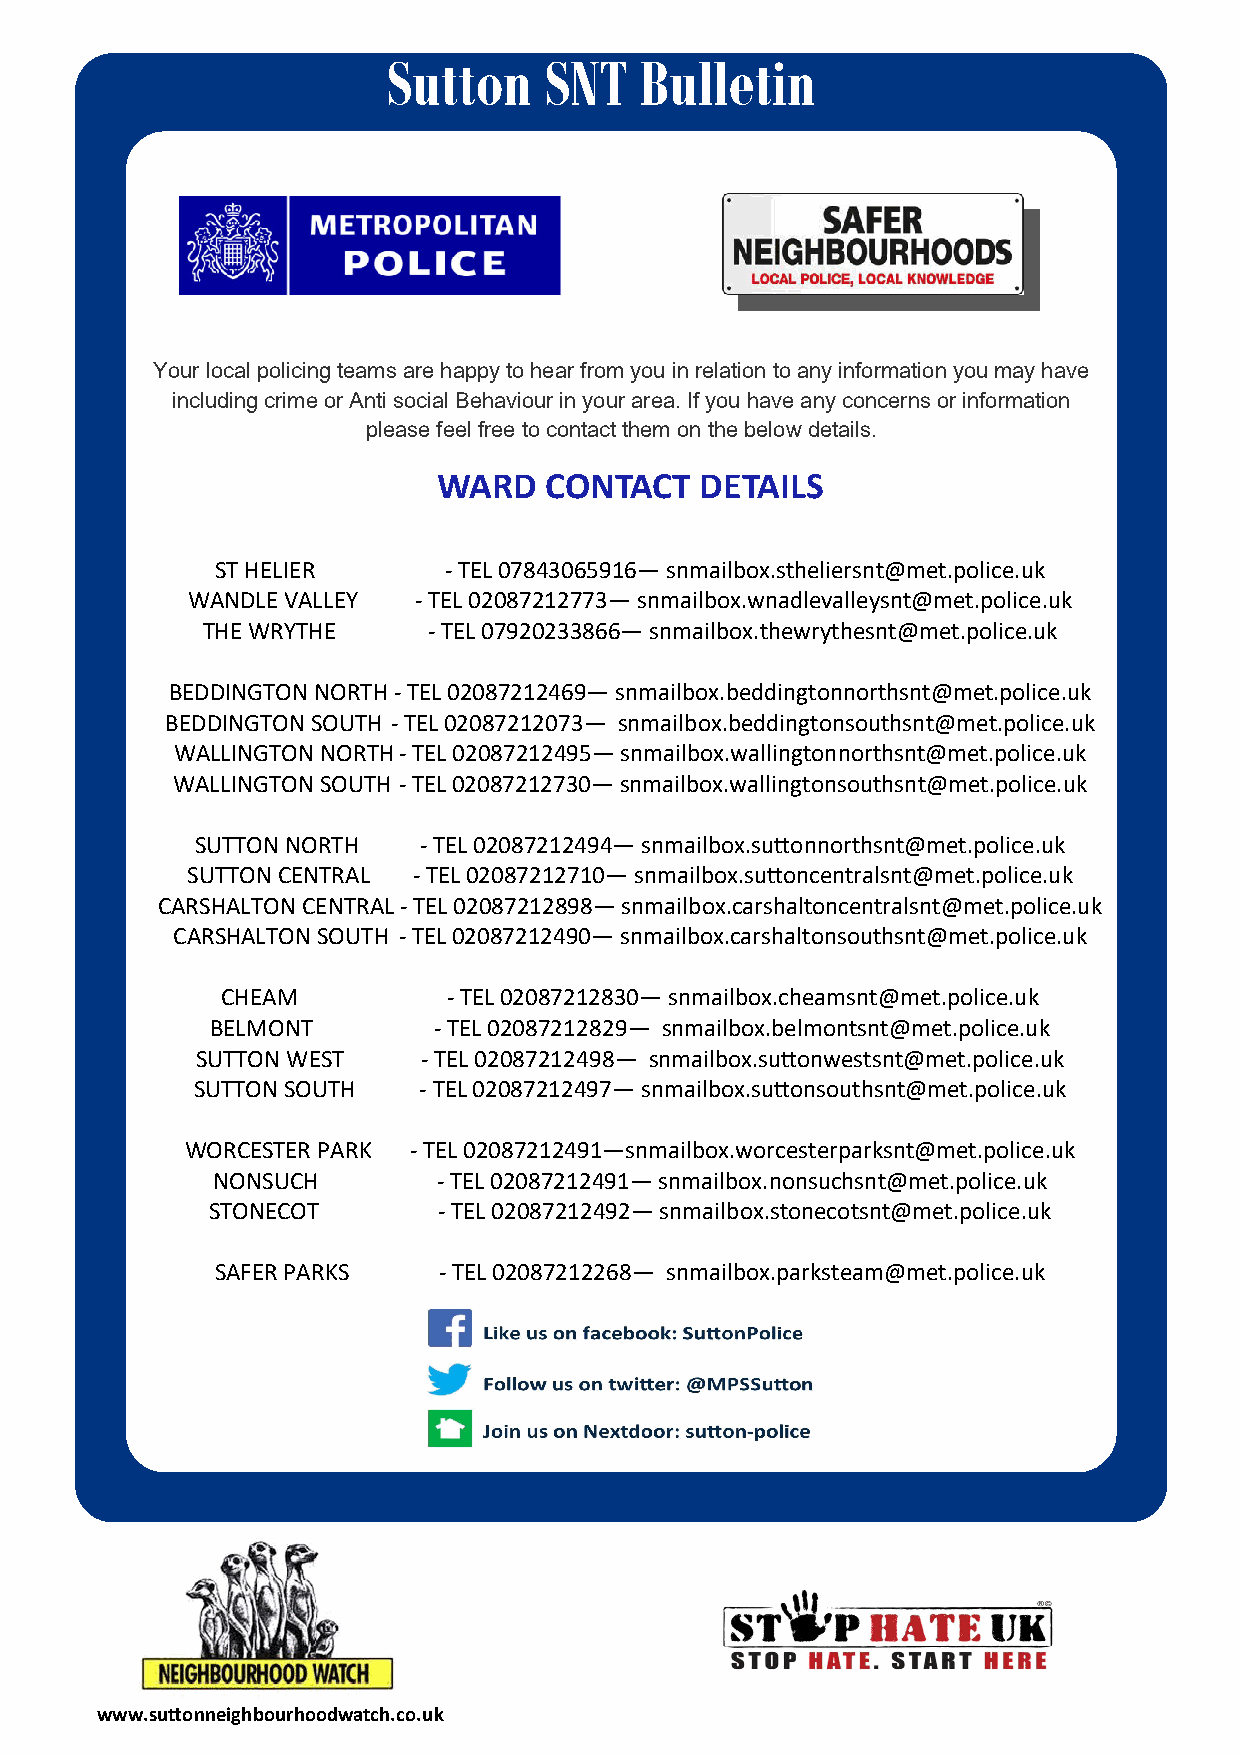
Sutton    SNT   Bulletin
 Your local policing teams are happy to hear from you in relation to any information you may have
 including crime or Anti social Behaviour in your area. If you have any concerns or information
 please feel free to contact them on the below details.
 WARD   CONTACT   DETAILS
 -
 ST HELIER       TEL 07843065916— snmailbox.stheliersnt@met.police.uk
 -
 WANDLE VALLEY   TEL 02087212773— snmailbox.wnadlevalleysnt@met.police.uk
 -
 THE WRYTHE      TEL 07920233866— snmailbox.thewrythesnt@met.police.uk
 -
 BEDDINGTON NORTH TEL 02087212469— snmailbox.beddingtonnorthsnt@met.police.uk
 -
 BEDDINGTON SOUTH TEL 02087212073— snmailbox.beddingtonsouthsnt@met.police.uk
 -
 WALLINGTON NORTH TEL 02087212495— snmailbox.wallingtonnorthsnt@met.police.uk
 -
 WALLINGTON SOUTH TEL 02087212730— snmailbox.wallingtonsouthsnt@met.police.uk
 -
 SUTTON NORTH    TEL 02087212494— snmailbox.suttonnorthsnt@met.police.uk
 -
 SUTTON CENTRAL  TEL 02087212710— snmailbox.suttoncentralsnt@met.police.uk
 -
 CARSHALTON CENTRAL TEL 02087212898— snmailbox.carshaltoncentralsnt@met.police.uk
 -
 CARSHALTON SOUTH TEL 02087212490— snmailbox.carshaltonsouthsnt@met.police.uk
 -
 CHEAM          TEL 02087212830— snmailbox.cheamsnt@met.police.uk
 -
 BELMONT         TEL 02087212829— snmailbox.belmontsnt@met.police.uk
 -
 SUTTON WEST     TEL 02087212498— snmailbox.suttonwestsnt@met.police.uk
 -
 SUTTON SOUTH    TEL 02087212497— snmailbox.suttonsouthsnt@met.police.uk
 -
 WORCESTER PARK  TEL 02087212491—snmailbox.worcesterparksnt@met.police.uk
 -
 NONSUCH         TEL 02087212491— snmailbox.nonsuchsnt@met.police.uk
 -
 STONECOT        TEL 02087212492— snmailbox.stonecotsnt@met.police.uk
 -
 SAFER PARKS     TEL 02087212268— snmailbox.parksteam@met.police.uk
 www.suttonneighbourhoodwatch.co.uk